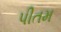
પીતમ